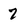
Character: 7